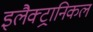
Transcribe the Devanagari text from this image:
इलैक्ट्रानिकल